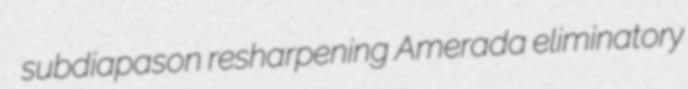
subdiapason resharpening Amerada eliminatory